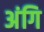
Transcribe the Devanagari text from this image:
अंगि